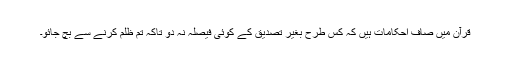
قرآن میں صاف احکامات ہیں کہ کس طرح بغیر تصدیق کے کوئی فیصلہ نہ دو تاکہ تم ظلم کرنے سے بچ جائو۔